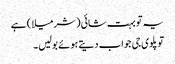
یہ تو بہت شائی ( شرمیلا ) ہے
تو پلوی جی جواب دیتے ہوئے بولیں ۔